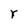
Character: r